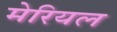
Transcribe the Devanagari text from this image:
मेरियल